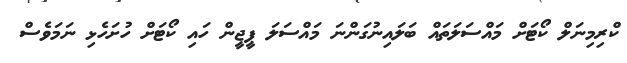
ކްރިމިނަލް ކޯޓަށް މައްސަލަތައް ބަލައިނުގަންނަ މައްސަލަ ޕީޖީން ހައި ކޯޓަށް ހުށަހެޅި ނަމަވެސް